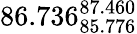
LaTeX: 86.736_{85.776}^{87.460}